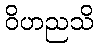
ဝိဟညသိ